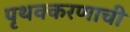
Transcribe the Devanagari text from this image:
पृथक्करणाची